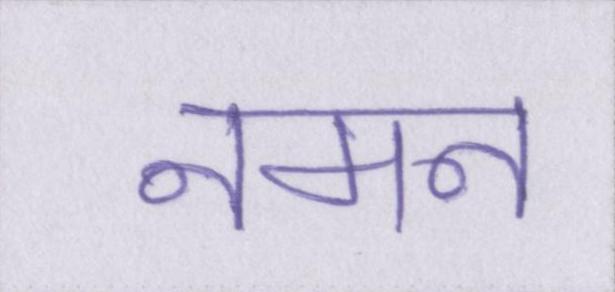
नमन